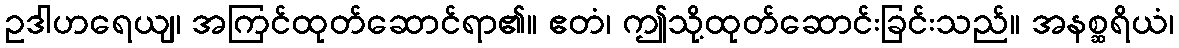
ဥဒါဟရေယျ၊ အကြင်ထုတ်ဆောင်ရာ၏။ ဧတံ၊ ဤသို့ထုတ်ဆောင်းခြင်းသည်။ အနစ္ဆရိယံ၊